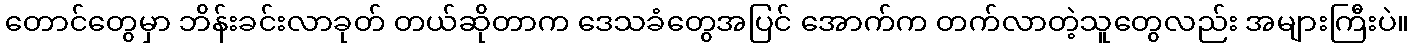
တောင်တွေမှာ ဘိန်းခင်းလာခုတ် တယ်ဆိုတာက ဒေသခံတွေအပြင် အောက်က တက်လာတဲ့သူတွေလည်း အများကြီးပဲ။